Report on vaccination in Madras 1922-1929 - 1922-1929
Year: 1922
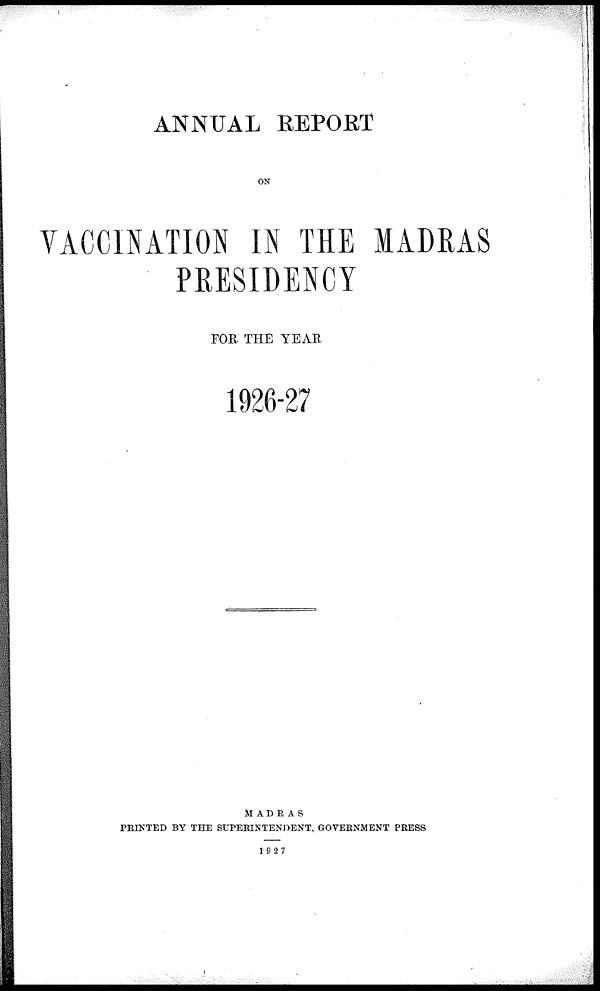
ANNUAL REPORT
ON
VACCINATION IN THE MADRAS
PRESIDENCY
FOR THE YEAR
1926-27
MADRAS
PRINTED BY THE SUPERINTENDENT, GOVERNMENT PRESS
1927